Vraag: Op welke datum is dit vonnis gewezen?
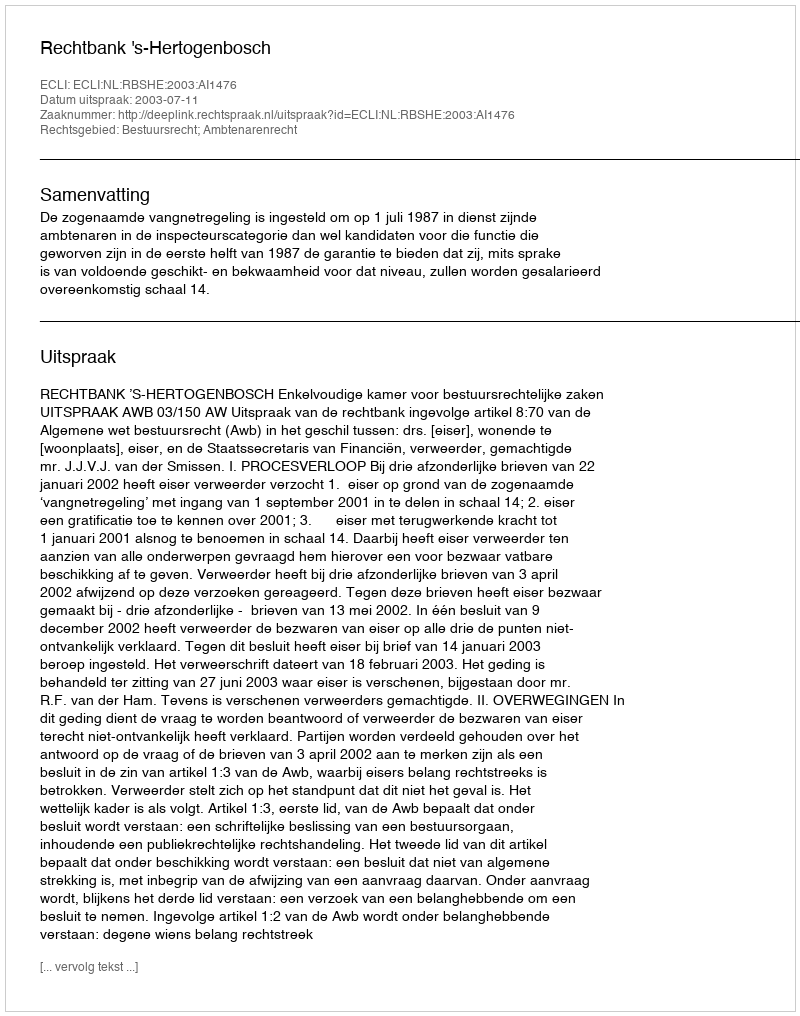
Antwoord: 2003-07-11